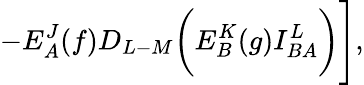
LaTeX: -E_{A}^{J}(f)D_{L-M}\biggl(E_{B}^{K}(g)I_{BA}^{L}\biggr)\Biggr],